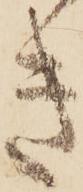
き